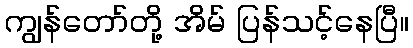
ကျွန်တော်တို့ အိမ် ပြန်သင့်နေပြီ။